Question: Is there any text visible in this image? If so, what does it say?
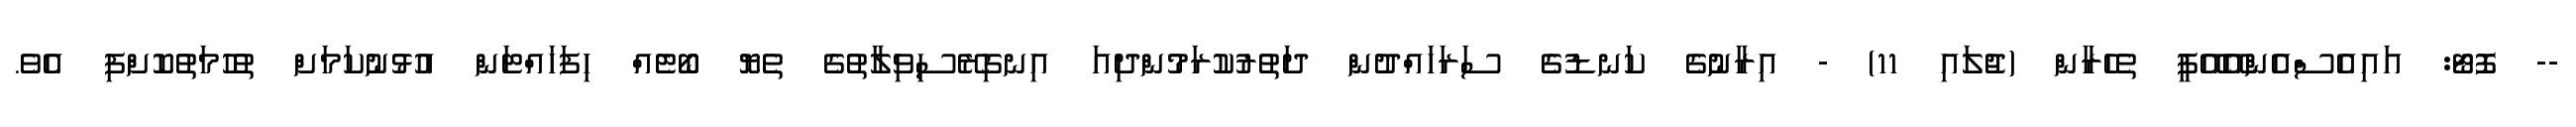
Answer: -- ފޮޓޯ: އައިއެސްއެންއޭއޭޕީ ތެހެރާން (ޖުލައި 11) - އިރާނުގެ ކަނޑުގެ ސަރަހައްދުން ދަތުރުކުރަމުންދިއަ އިނގިރޭސިވިލާތުގެ ތެޔޮ ބޯޓެއް ހިފަހައްޓަން އުޅުނުކަމަށް ތުހުމަތުކޮށްފި އެވެ.